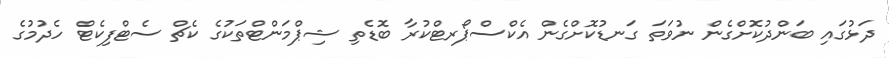
ދަޅުގައި ބަންދުކޮށްގެން ނުވަތަ ގަނޑުކޮށްގެން އެކްސްޕޯރޓްކުރާ ބޮޑެތި ޝިޕްމަންޓްތަކުގެ ކެޗް ސެޓްފިކެޓް ހެދުމުގެ